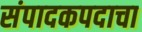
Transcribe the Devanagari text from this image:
संपादकपदाचा